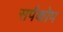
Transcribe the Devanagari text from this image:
सर्पकोप